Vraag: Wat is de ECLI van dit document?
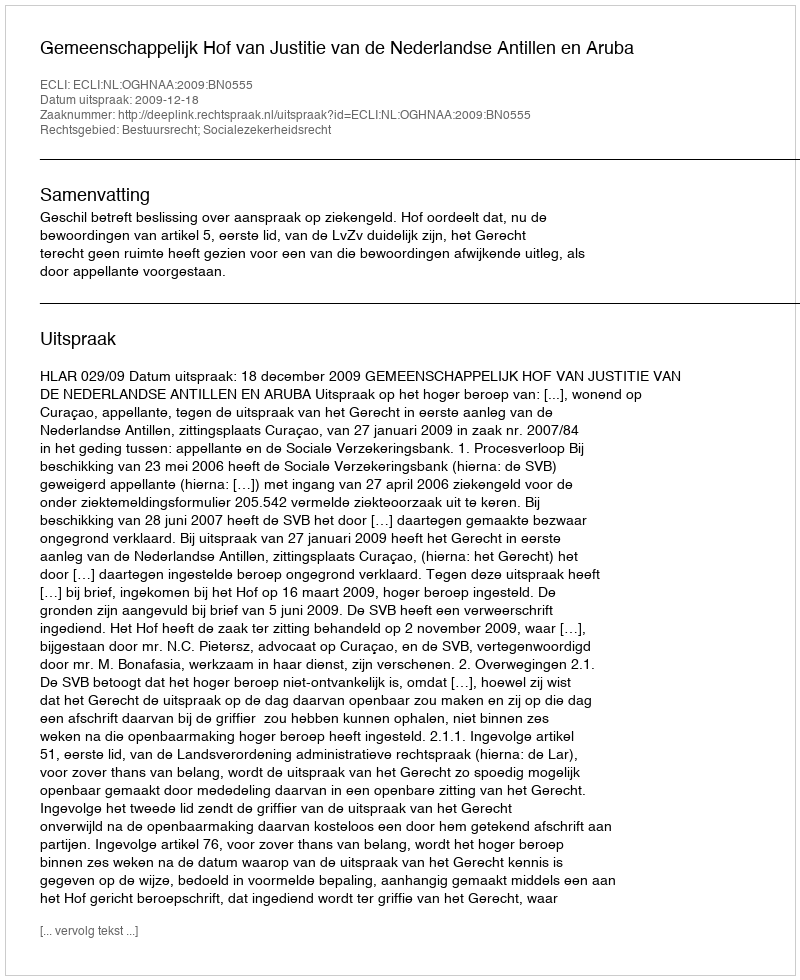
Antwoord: ECLI:NL:OGHNAA:2009:BN0555